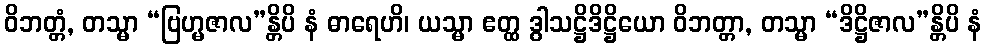
ဝိဘတ္တံ, တသ္မာ “ဗြဟ္မဇာလ”န္တိပိ နံ ဓာရေဟိ၊ ယသ္မာ ဧတ္ထ ဒွါသဋ္ဌိဒိဋ္ဌိယော ဝိဘတ္တာ, တသ္မာ “ဒိဋ္ဌိဇာလ”န္တိပိ နံ